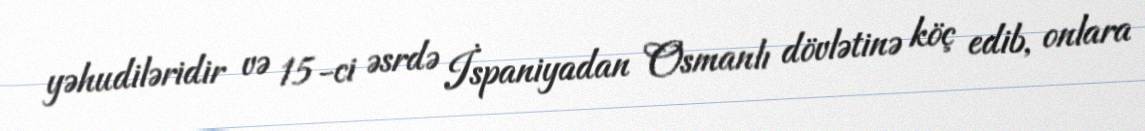
yəhudiləridir və 15-ci əsrdə İspaniyadan Osmanlı dövlətinə köç edib, onlara